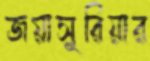
জয়াসূরিয়ার